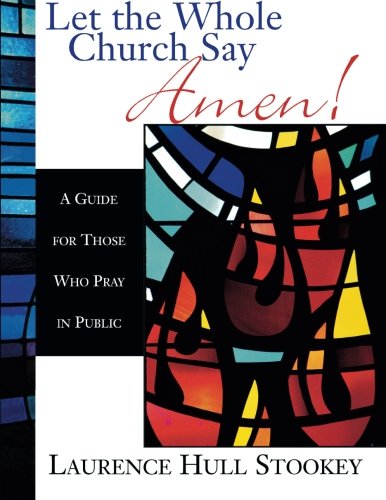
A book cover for Let the Whole Church Say Amen!: A Guide for Those Who Pray in Public; Laurence Hull Stookey; Christian Books & Bibles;